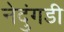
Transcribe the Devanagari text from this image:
नेदुंगडी